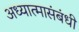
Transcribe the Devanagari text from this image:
अध्यात्मासंबंधी